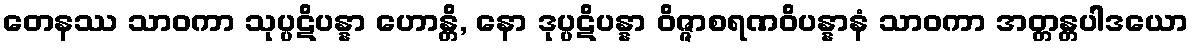
တေနဿ သာဝကာ သုပ္ပဋိပန္နာ ဟောန္တိ, နော ဒုပ္ပဋိပန္နာ ဝိဇ္ဇာစရဏဝိပန္နာနံ သာဝကာ အတ္တန္တပါဒယော